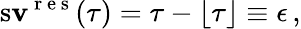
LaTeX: \operatorname{s\mathbf{v}}^{\mathrm{{~r~e~s~}}}(\tau)=\tau-\lfloor\tau\rfloor\equiv\epsilon\, ,